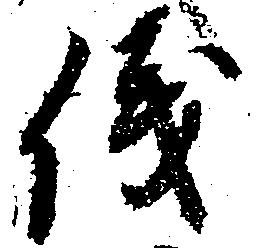
儀